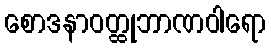
စောဒနာဝတ္ထုဘာဏဝါရော